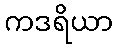
ကဒရိယာ